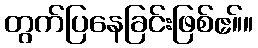
တွက်ပြနေခြင်းဖြစ်ဧ။်။